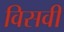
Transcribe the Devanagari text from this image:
विसवीं